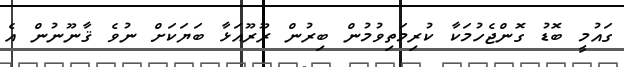
ގައުމީ ބޮޑު ގޮންޖެހުމަކާ ކުރިމަތިވުމުން ބިރުން ރޫރޫއަޅާ ބަޔަކަށް ނުވެ ޤާނޫނުން އެ